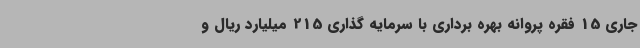
جاری 15 فقره پروانه بهره برداری با سرمایه گذاری 215 میلیارد ریال و